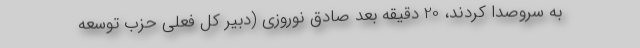
به سر‌و‌صدا كردند، 20 دقیقه بعد صادق نوروزی (دبیر كل فعلی حزب توسعه